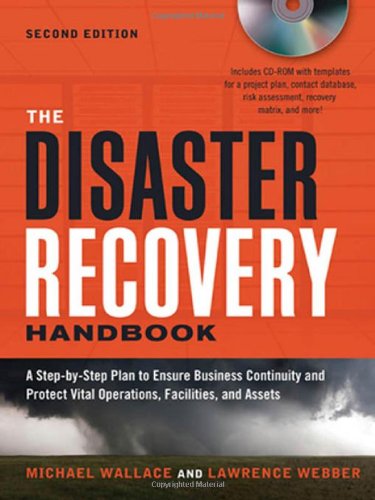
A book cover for The Disaster Recovery Handbook: A Step-by-Step Plan to Ensure Business Continuity and Protect Vital Operations, Facilities, and Assets; Michael Wallace; Business & Money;